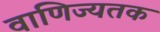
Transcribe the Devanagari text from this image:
वाणिज्यतक